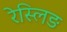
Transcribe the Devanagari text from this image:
रेस्लिङ